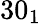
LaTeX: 30_{1}